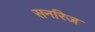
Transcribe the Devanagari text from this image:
सनरिज